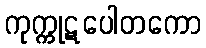
ကုက္ကုဋပေါတကော